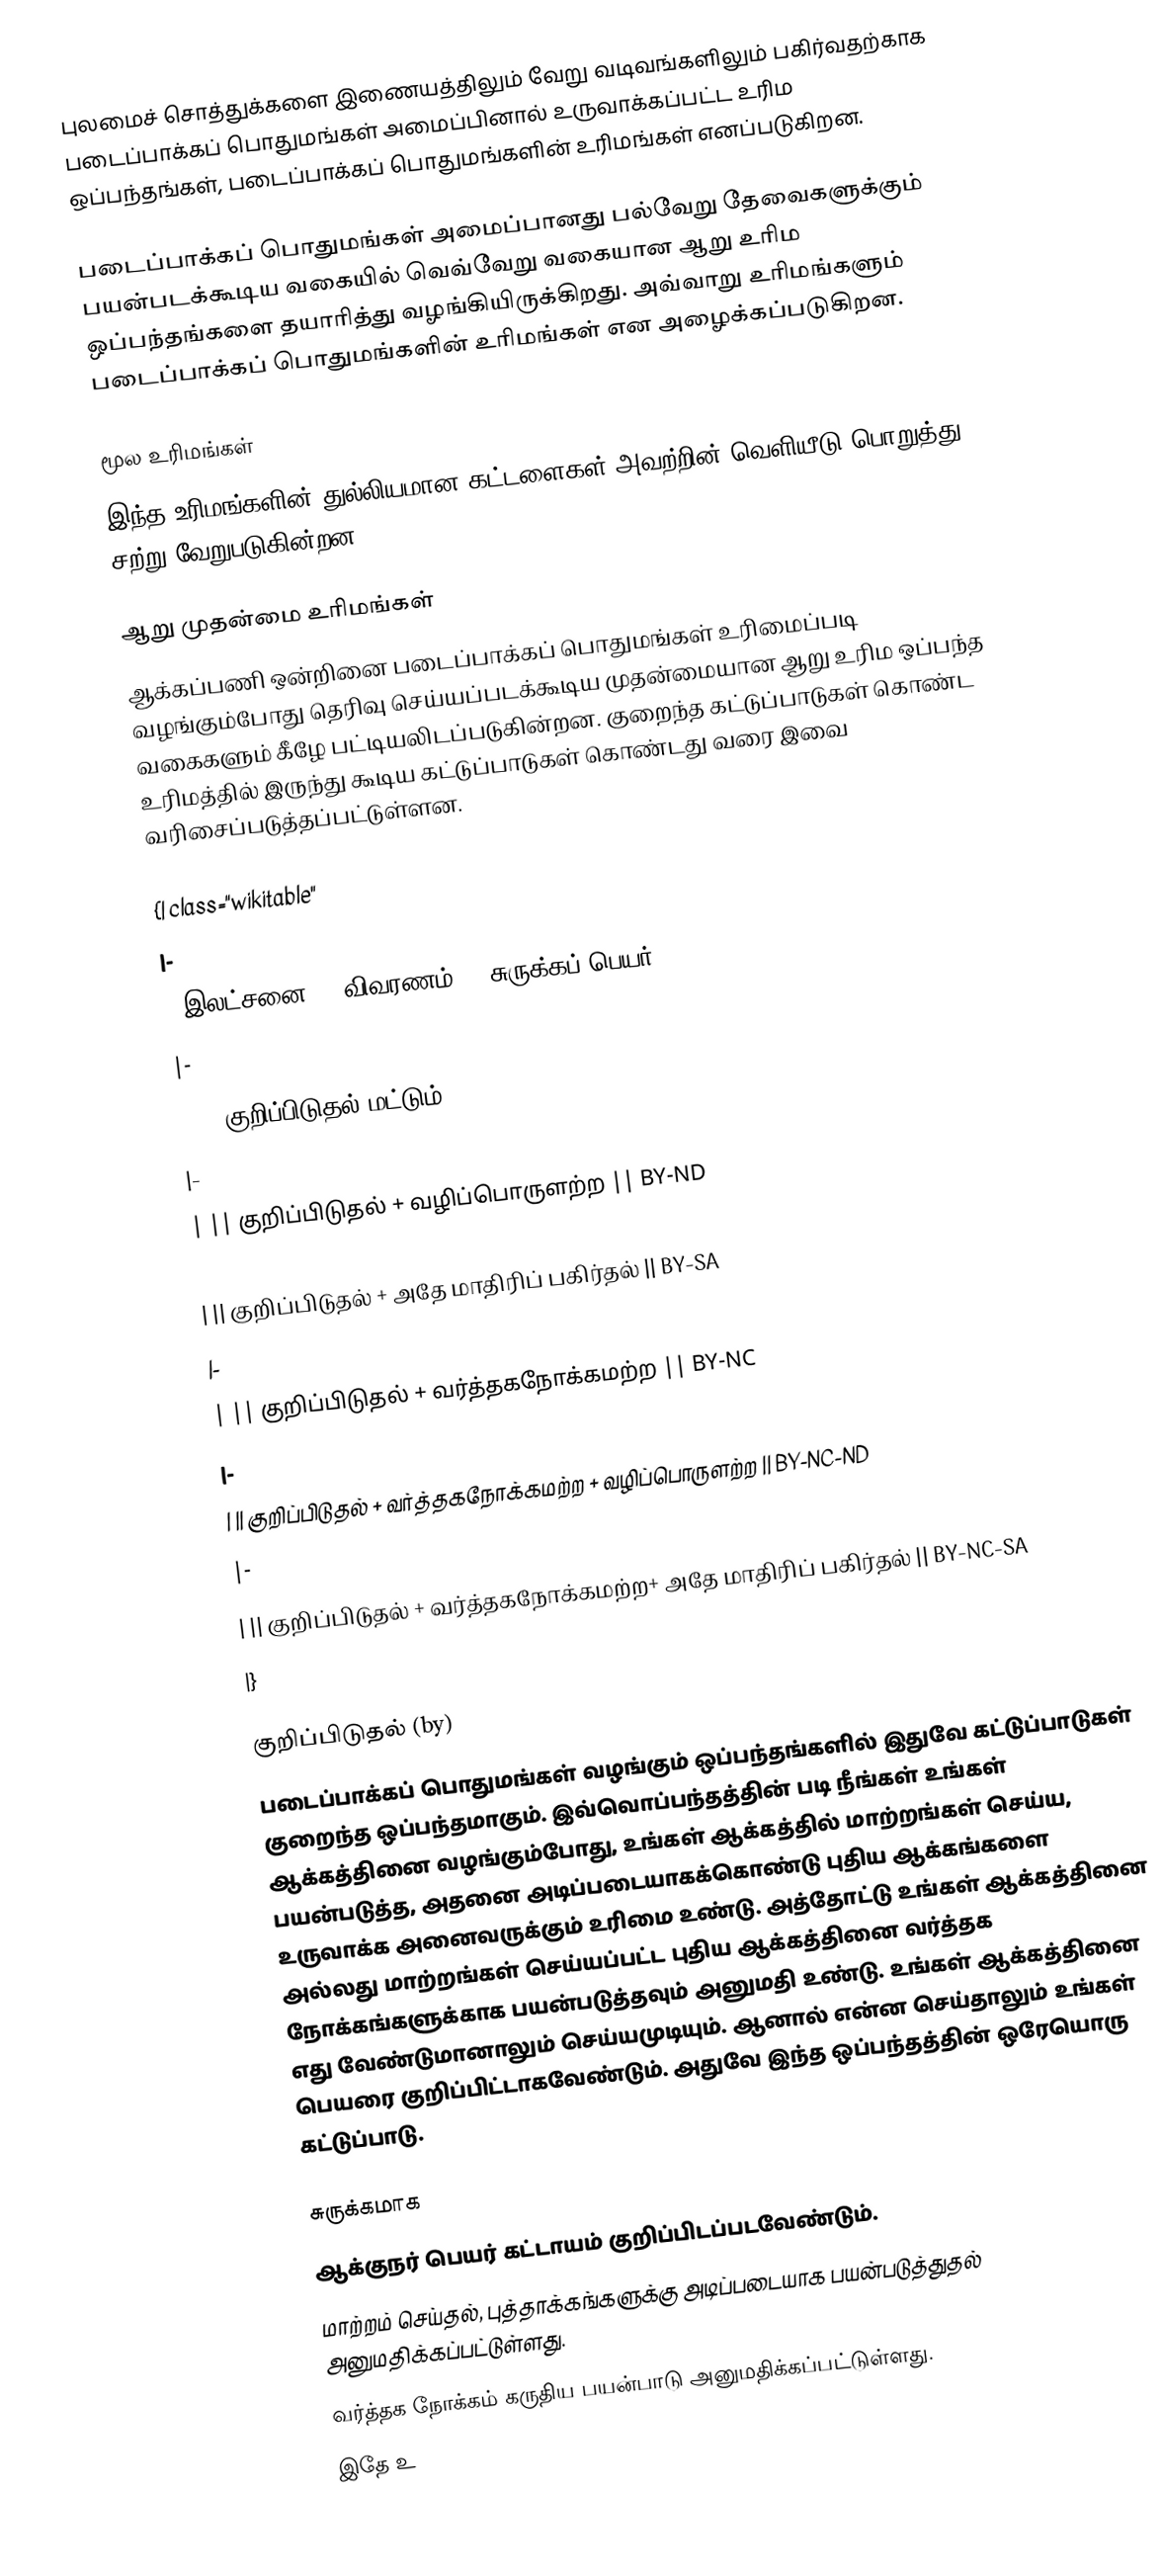
புலமைச் சொத்துக்களை இணையத்திலும் வேறு வடிவங்களிலும் பகிர்வதற்காக படைப்பாக்கப் பொதுமங்கள் அமைப்பினால் உருவாக்கப்பட்ட உரிம ஒப்பந்தங்கள், படைப்பாக்கப் பொதுமங்களின் உரிமங்கள் எனப்படுகிறன.

படைப்பாக்கப் பொதுமங்கள் அமைப்பானது பல்வேறு தேவைகளுக்கும் பயன்படக்கூடிய வகையில் வெவ்வேறு வகையான ஆறு உரிம ஒப்பந்தங்களை  தயாரித்து வழங்கியிருக்கிறது. அவ்வாறு உரிமங்களும் படைப்பாக்கப் பொதுமங்களின் உரிமங்கள் என அழைக்கப்படுகிறன.

மூல உரிமங்கள்
இந்த உரிமங்களின் துல்லியமான கட்டளைகள் அவற்றின் வெளியீடு பொறுத்து சற்று வேறுபடுகின்றன.

ஆறு முதன்மை உரிமங்கள்
ஆக்கப்பணி ஒன்றினை படைப்பாக்கப் பொதுமங்கள் உரிமைப்படி வழங்கும்போது தெரிவு செய்யப்படக்கூடிய முதன்மையான ஆறு உரிம ஒப்பந்த வகைகளும் கீழே பட்டியலிடப்படுகின்றன.  குறைந்த கட்டுப்பாடுகள் கொண்ட உரிமத்தில் இருந்து கூடிய கட்டுப்பாடுகள் கொண்டது வரை இவை வரிசைப்படுத்தப்பட்டுள்ளன.

{| class="wikitable"
|-
! இலட்சனை !! விவரணம் !! சுருக்கப் பெயர்
|-
|  || குறிப்பிடுதல் மட்டும் || BY
|-
|  || குறிப்பிடுதல் + வழிப்பொருளற்ற || BY-ND
|-
|  || குறிப்பிடுதல் + அதே மாதிரிப் பகிர்தல் || BY-SA
|-
|  || குறிப்பிடுதல் + வர்த்தகநோக்கமற்ற || BY-NC
|-
|  || குறிப்பிடுதல் + வர்த்தகநோக்கமற்ற + வழிப்பொருளற்ற || BY-NC-ND
|-
|  ||  குறிப்பிடுதல் + வர்த்தகநோக்கமற்ற+ அதே மாதிரிப் பகிர்தல் || BY-NC-SA
|}

குறிப்பிடுதல் (by)
படைப்பாக்கப் பொதுமங்கள் வழங்கும் ஒப்பந்தங்களில் இதுவே கட்டுப்பாடுகள் குறைந்த ஒப்பந்தமாகும். இவ்வொப்பந்தத்தின் படி நீங்கள் உங்கள் ஆக்கத்தினை வழங்கும்போது, உங்கள் ஆக்கத்தில் மாற்றங்கள் செய்ய, பயன்படுத்த, அதனை அடிப்படையாகக்கொண்டு புதிய ஆக்கங்களை உருவாக்க அனைவருக்கும் உரிமை உண்டு. அத்தோட்டு உங்கள் ஆக்கத்தினை அல்லது மாற்றங்கள் செய்யப்பட்ட புதிய ஆக்கத்தினை வர்த்தக நோக்கங்களுக்காக பயன்படுத்தவும் அனுமதி உண்டு. உங்கள் ஆக்கத்தினை எது வேண்டுமானாலும் செய்யமுடியும். ஆனால் என்ன செய்தாலும் உங்கள் பெயரை குறிப்பிட்டாகவேண்டும். அதுவே இந்த ஒப்பந்தத்தின் ஒரேயொரு கட்டுப்பாடு.

சுருக்கமாக
 ஆக்குநர் பெயர் கட்டாயம் குறிப்பிடப்படவேண்டும்.
 மாற்றம் செய்தல், புத்தாக்கங்களுக்கு அடிப்படையாக பயன்படுத்துதல் அனுமதிக்கப்பட்டுள்ளது.
 வர்த்தக நோக்கம் கருதிய பயன்பாடு அனுமதிக்கப்பட்டுள்ளது.
 இதே உ